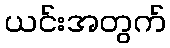
ယင်းအတွက်